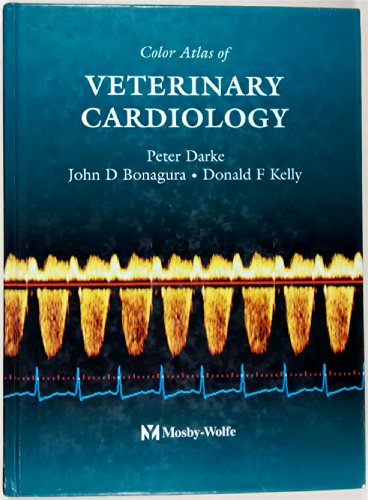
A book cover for Color Atlas of Veterinary Cardiology; Peter G. G. Darke; Medical Books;